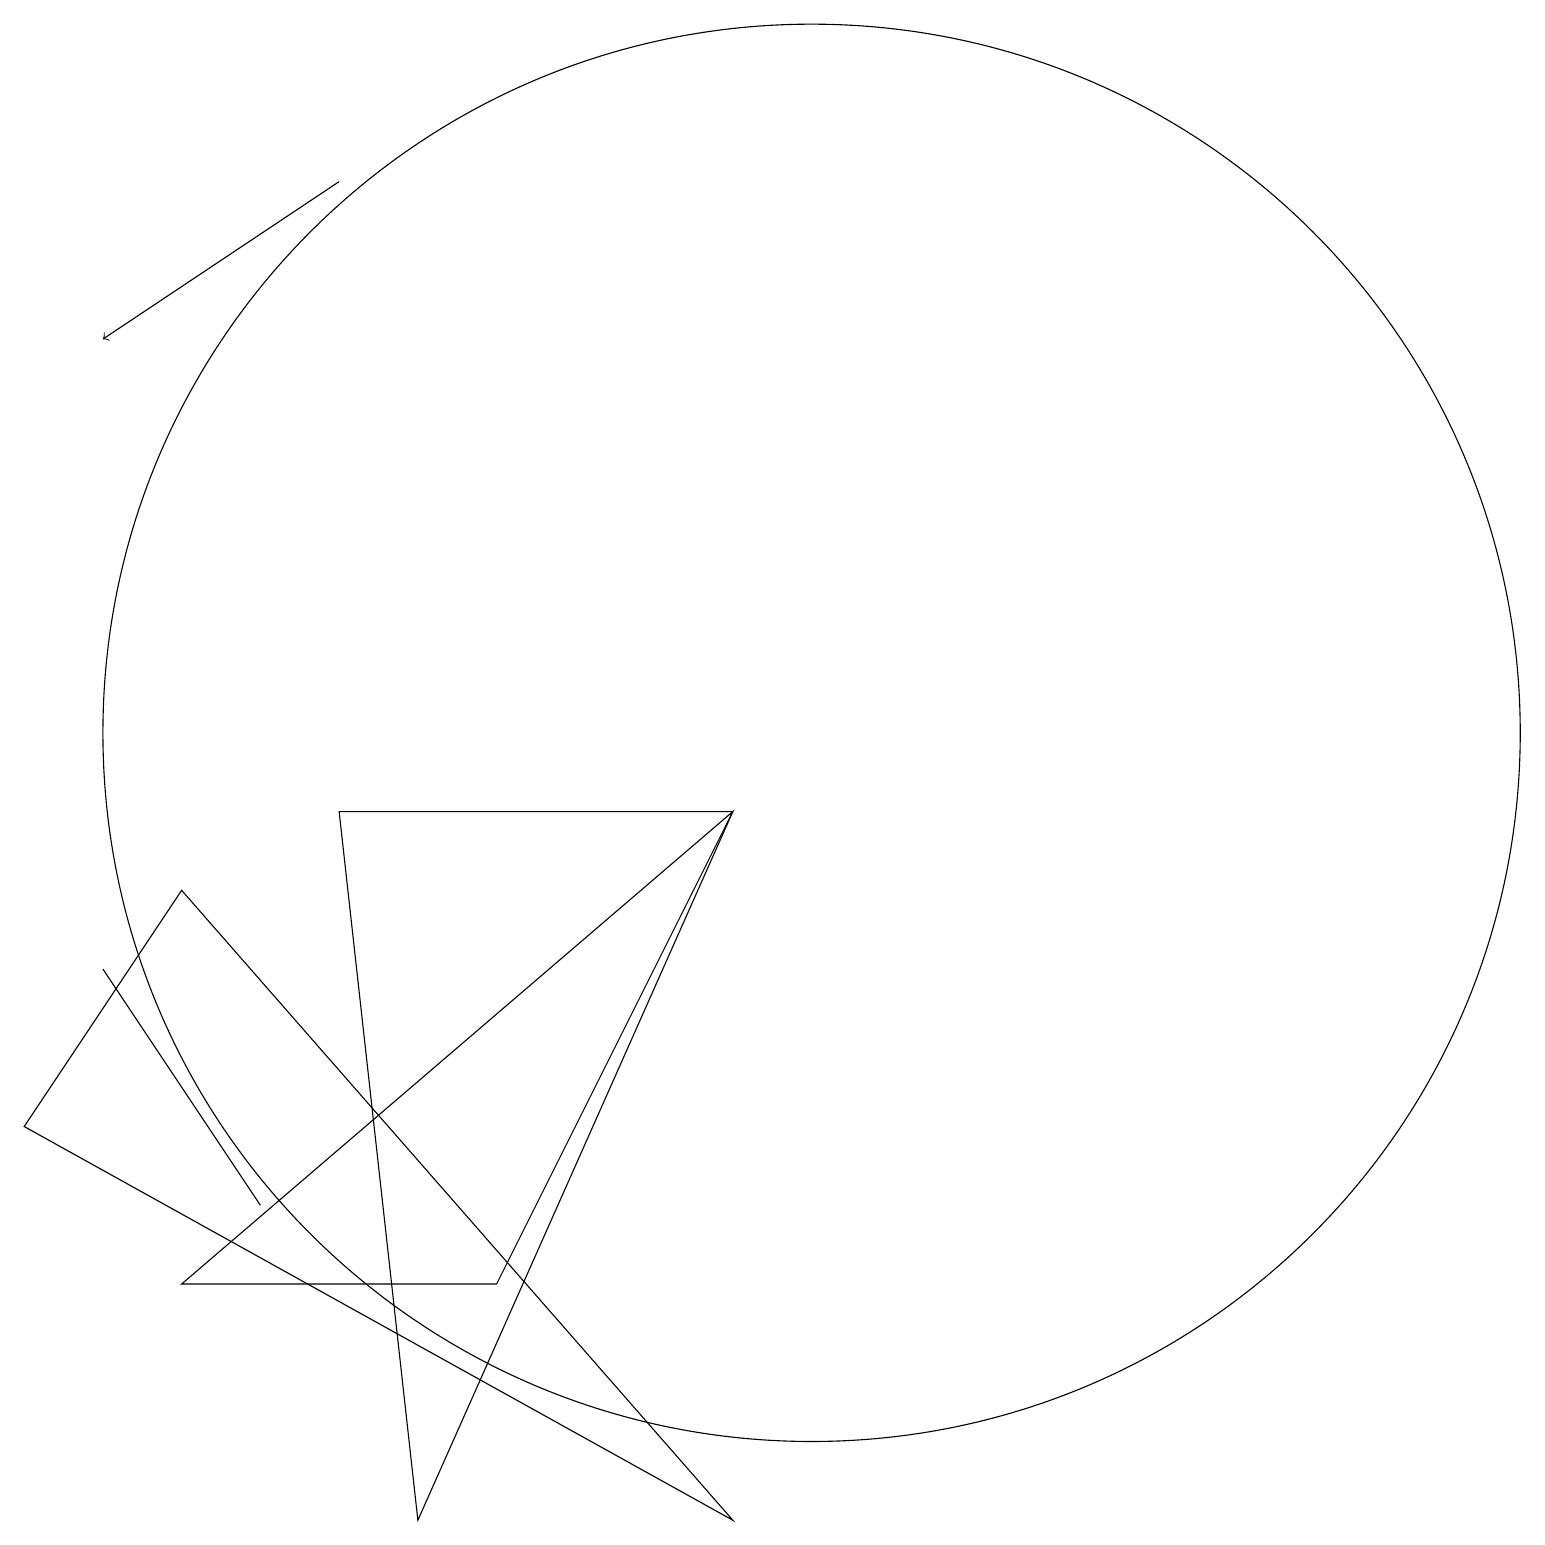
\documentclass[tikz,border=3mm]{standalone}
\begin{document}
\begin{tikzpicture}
\draw (3,4) -- (1,7) -- (3,4) -- cycle;
\draw (10,10) circle (9);
\draw (9,0) -- (0,5) -- (2,8) -- cycle;
\draw[->] (4,17) -- (1,15);
\draw (5,0) -- (4,9) -- (9,9) -- cycle;
\draw (6,3) -- (9,9) -- (2,3) -- cycle;
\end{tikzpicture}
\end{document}